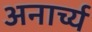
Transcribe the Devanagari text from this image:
अनार्च्य